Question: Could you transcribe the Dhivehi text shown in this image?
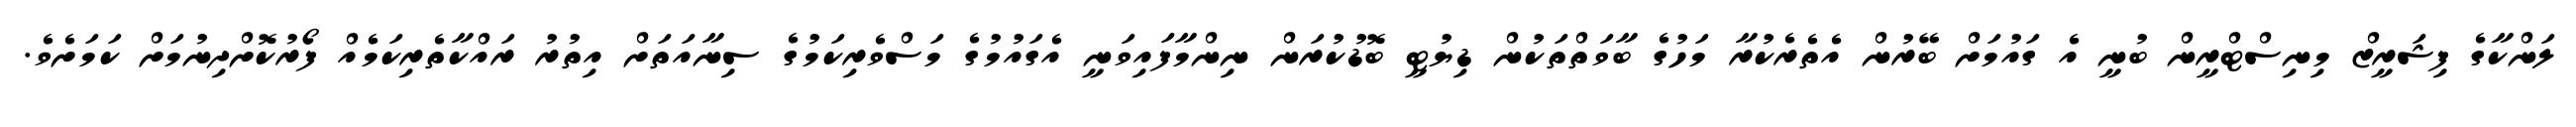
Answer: ލަންކާގެ ފިޝަރީޒް މިނިސްޓްރީން ބުނީ އެ ގައުމަށް ބޭރުން އެތެރެކުރާ މަހުގެ ބާވަތްތަކުން ޑިޔުޓީ ބޮޑުކުރަން ނިންމާފައިވަނީ އެގައުމުގެ މަސްވެރިކަމުގެ ސިނާއަތަށް އިތުރު ރައްކާތެރިކަމެއް ފޯރުކޮށްދިނުމަށް ކަމަށެވެ.